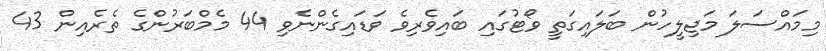
މިމައްސަލަ މަޖިލީހުން ބަލައިގަތީ ވޯޓުގައި ބައިވެރިވެ ވަޑައިގެންނެވި 44 މެމްބަރުންގެ ތެރެއިން 43